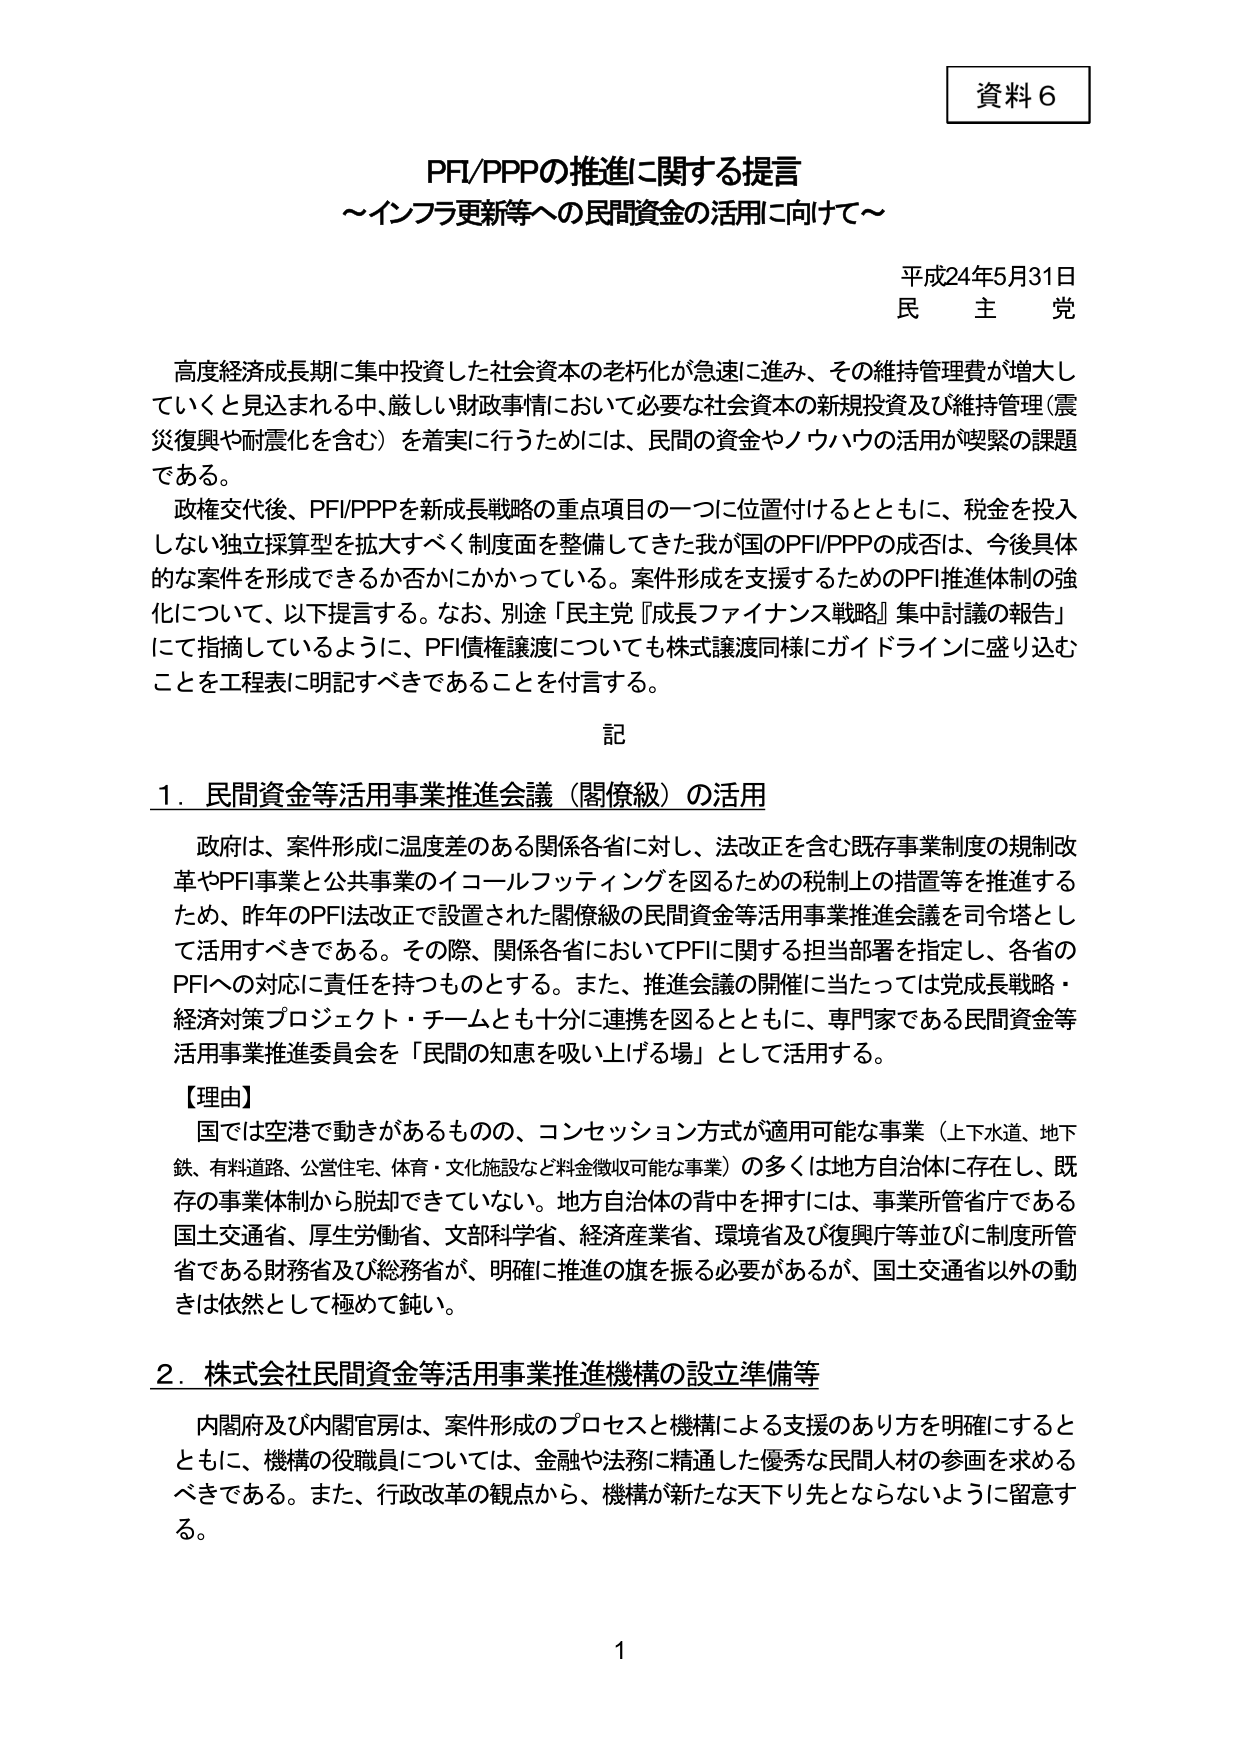
資料６

PFI/PPPの推進に関する提言
～インフラ更新等への民間資金の活用に向けて～

平成24年5月31日
民主党

高度経済成長期に集中投資した社会資本の老朽化が急速に進み、その維持管理費が増大していくと見込まれる中、厳しい財政事情において必要な社会資本の新規投資及び維持管理（震災復興や耐震化を含む）を着実に行うためには、民間の資金やノウハウの活用が喫緊の課題である。

政権交代後、PFI/PPPを新成長戦略の重点項目の一つに位置付けるとともに、税金を投入しない独立採算型を拡大すべく制度面を整備してきた我が国のPFI/PPPの成否は、今後具体的な案件を形成できるか否かにかかっている。案件形成を支援するためのPFI推進体制の強化について、以下提言する。なお、別途「民主党『成長ファイナンス戦略』集中討議の報告」にて指摘しているように、PFI債権譲渡についても株式譲渡同様にガイドラインに盛り込むことを工程表に明記すべきであることを付言する。

記

１．民間資金等活用事業推進会議（閣僚級）の活用

政府は、案件形成に温度差のある関係各省に対し、法改正を含む既存事業制度の規制改革やPFI事業と公共事業のイコールフッティングを図るための税制上の措置等を推進するため、昨年のPFI法改正で設置された閣僚級の民間資金等活用事業推進会議を司令塔として活用すべきである。その際、関係各省においてPFIに関する担当部署を指定し、各省のPFIへの対応に責任を持つものとする。また、推進会議の開催に当たっては党成長戦略・経済対策プロジェクト・チームとも十分に連携を図るとともに、専門家である民間資金等活用事業推進委員会を「民間の知恵を吸い上げる場」として活用する。

【理由】

国では空港で動きがあるものの、コンセッション方式が適用可能な事業（上下水道、地下鉄、有料道路、公営住宅、体育・文化施設など料金徴収可能な事業）の多くは地方自治体に存在し、既存の事業体制から脱却できていない。地方自治体の背中を押すには、事業所管省庁である国土交通省、厚生労働省、文部科学省、経済産業省、環境省及び復興庁等並びに制度所管省である財務省及び総務省が、明確に推進の旗を振る必要があるが、国土交通省以外の動きは依然として極めて鈍い。

２．株式会社民間資金等活用事業推進機構の設立準備等

内閣府及び内閣官房は、案件形成のプロセスと機構による支援のあり方を明確にするとともに、機構の役職員については、金融や法務に精通した優秀な民間人材の参画を求めるべきである。また、行政改革の観点から、機構が新たな天下り先とならないように留意する。

1